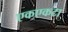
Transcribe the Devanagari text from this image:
एकएकटा